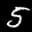
Label: 5